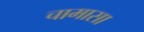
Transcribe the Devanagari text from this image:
चामासा